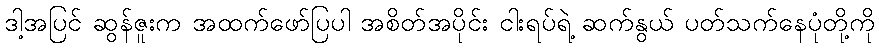
ဒါ့အပြင် ဆွန်ဇူးက အထက်ဖော်ပြပါ အစိတ်အပိုင်း ငါးရပ်ရဲ့ ဆက်နွယ် ပတ်သက်နေပုံတို့ကို